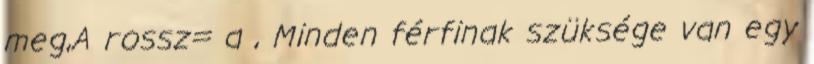
meg,A rossz= a , Minden férfinak szüksége van egy